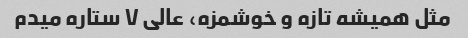
مثل همیشه تازه و خوشمزه، عالی ۷ ستاره میدم